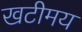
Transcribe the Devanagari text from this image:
खटीमय